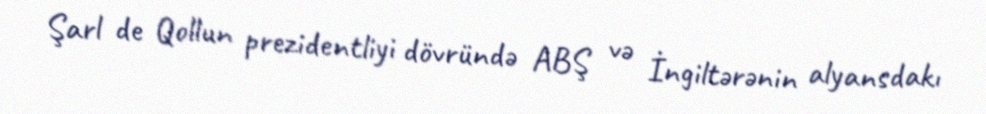
Şarl de Qollun prezidentliyi dövründə ABŞ və İngiltərənin alyansdakı